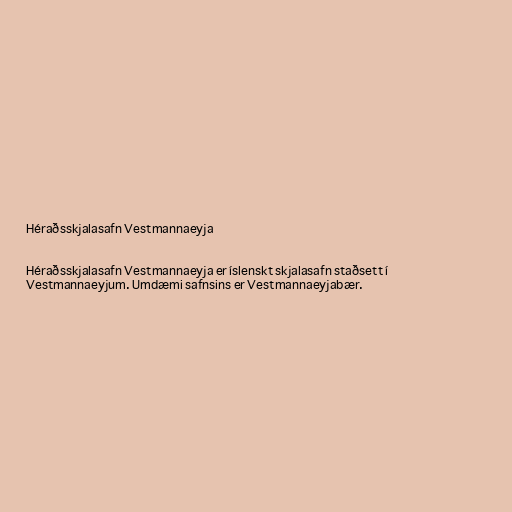
Héraðsskjalasafn Vestmannaeyja

Héraðsskjalasafn Vestmannaeyja er íslenskt skjalasafn staðsett í
Vestmannaeyjum. Umdæmi safnsins er Vestmannaeyjabær.